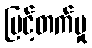
မြင့်တက်မှု